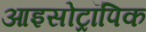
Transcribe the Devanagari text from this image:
आइसोट्रॉपिक